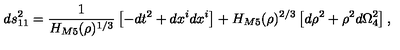
d s _ { 1 1 } ^ { 2 } = \frac { 1 } { H _ { M 5 } ( \rho ) ^ { 1 / 3 } } \left[ - d t ^ { 2 } + d x ^ { i } d x ^ { i } \right] + H _ { M 5 } ( \rho ) ^ { 2 / 3 } \left[ d \rho ^ { 2 } + \rho ^ { 2 } d \Omega _ { 4 } ^ { 2 } \right] ,